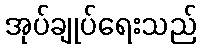
အုပ်ချုပ်ရေးသည်